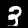
Label: 3